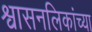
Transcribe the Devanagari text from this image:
श्वासनलिकांच्या